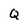
Character: Q